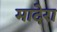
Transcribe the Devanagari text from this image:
मादेरा